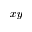
x y